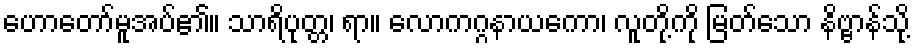
ဟောတော်မူအပ်၏။ သာရိပုတ္တ၊ ရာ။ လောကဂ္ဂနာယကော၊ လူတို့ကို မြတ်သော နိဗ္ဗာန်သို့